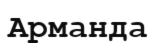
Арманда